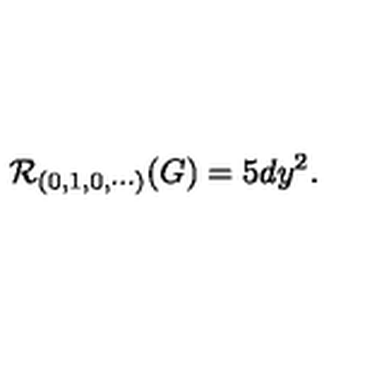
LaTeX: { \cal R } _ { ( 0 , 1 , 0 , \cdots ) } ( G ) = 5 d y ^ { 2 } .